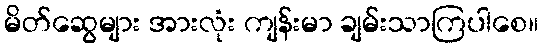
မိတ်ဆွေများ အားလုံး ကျန်းမာ ချမ်းသာကြပါစေ။